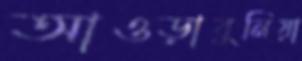
আওড়াবুনিয়া